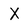
Character: X